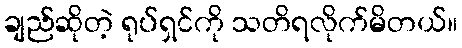
ချည်ဆိုတဲ့ ရုပ်ရှင်ကို သတိရလိုက်မိတယ်။